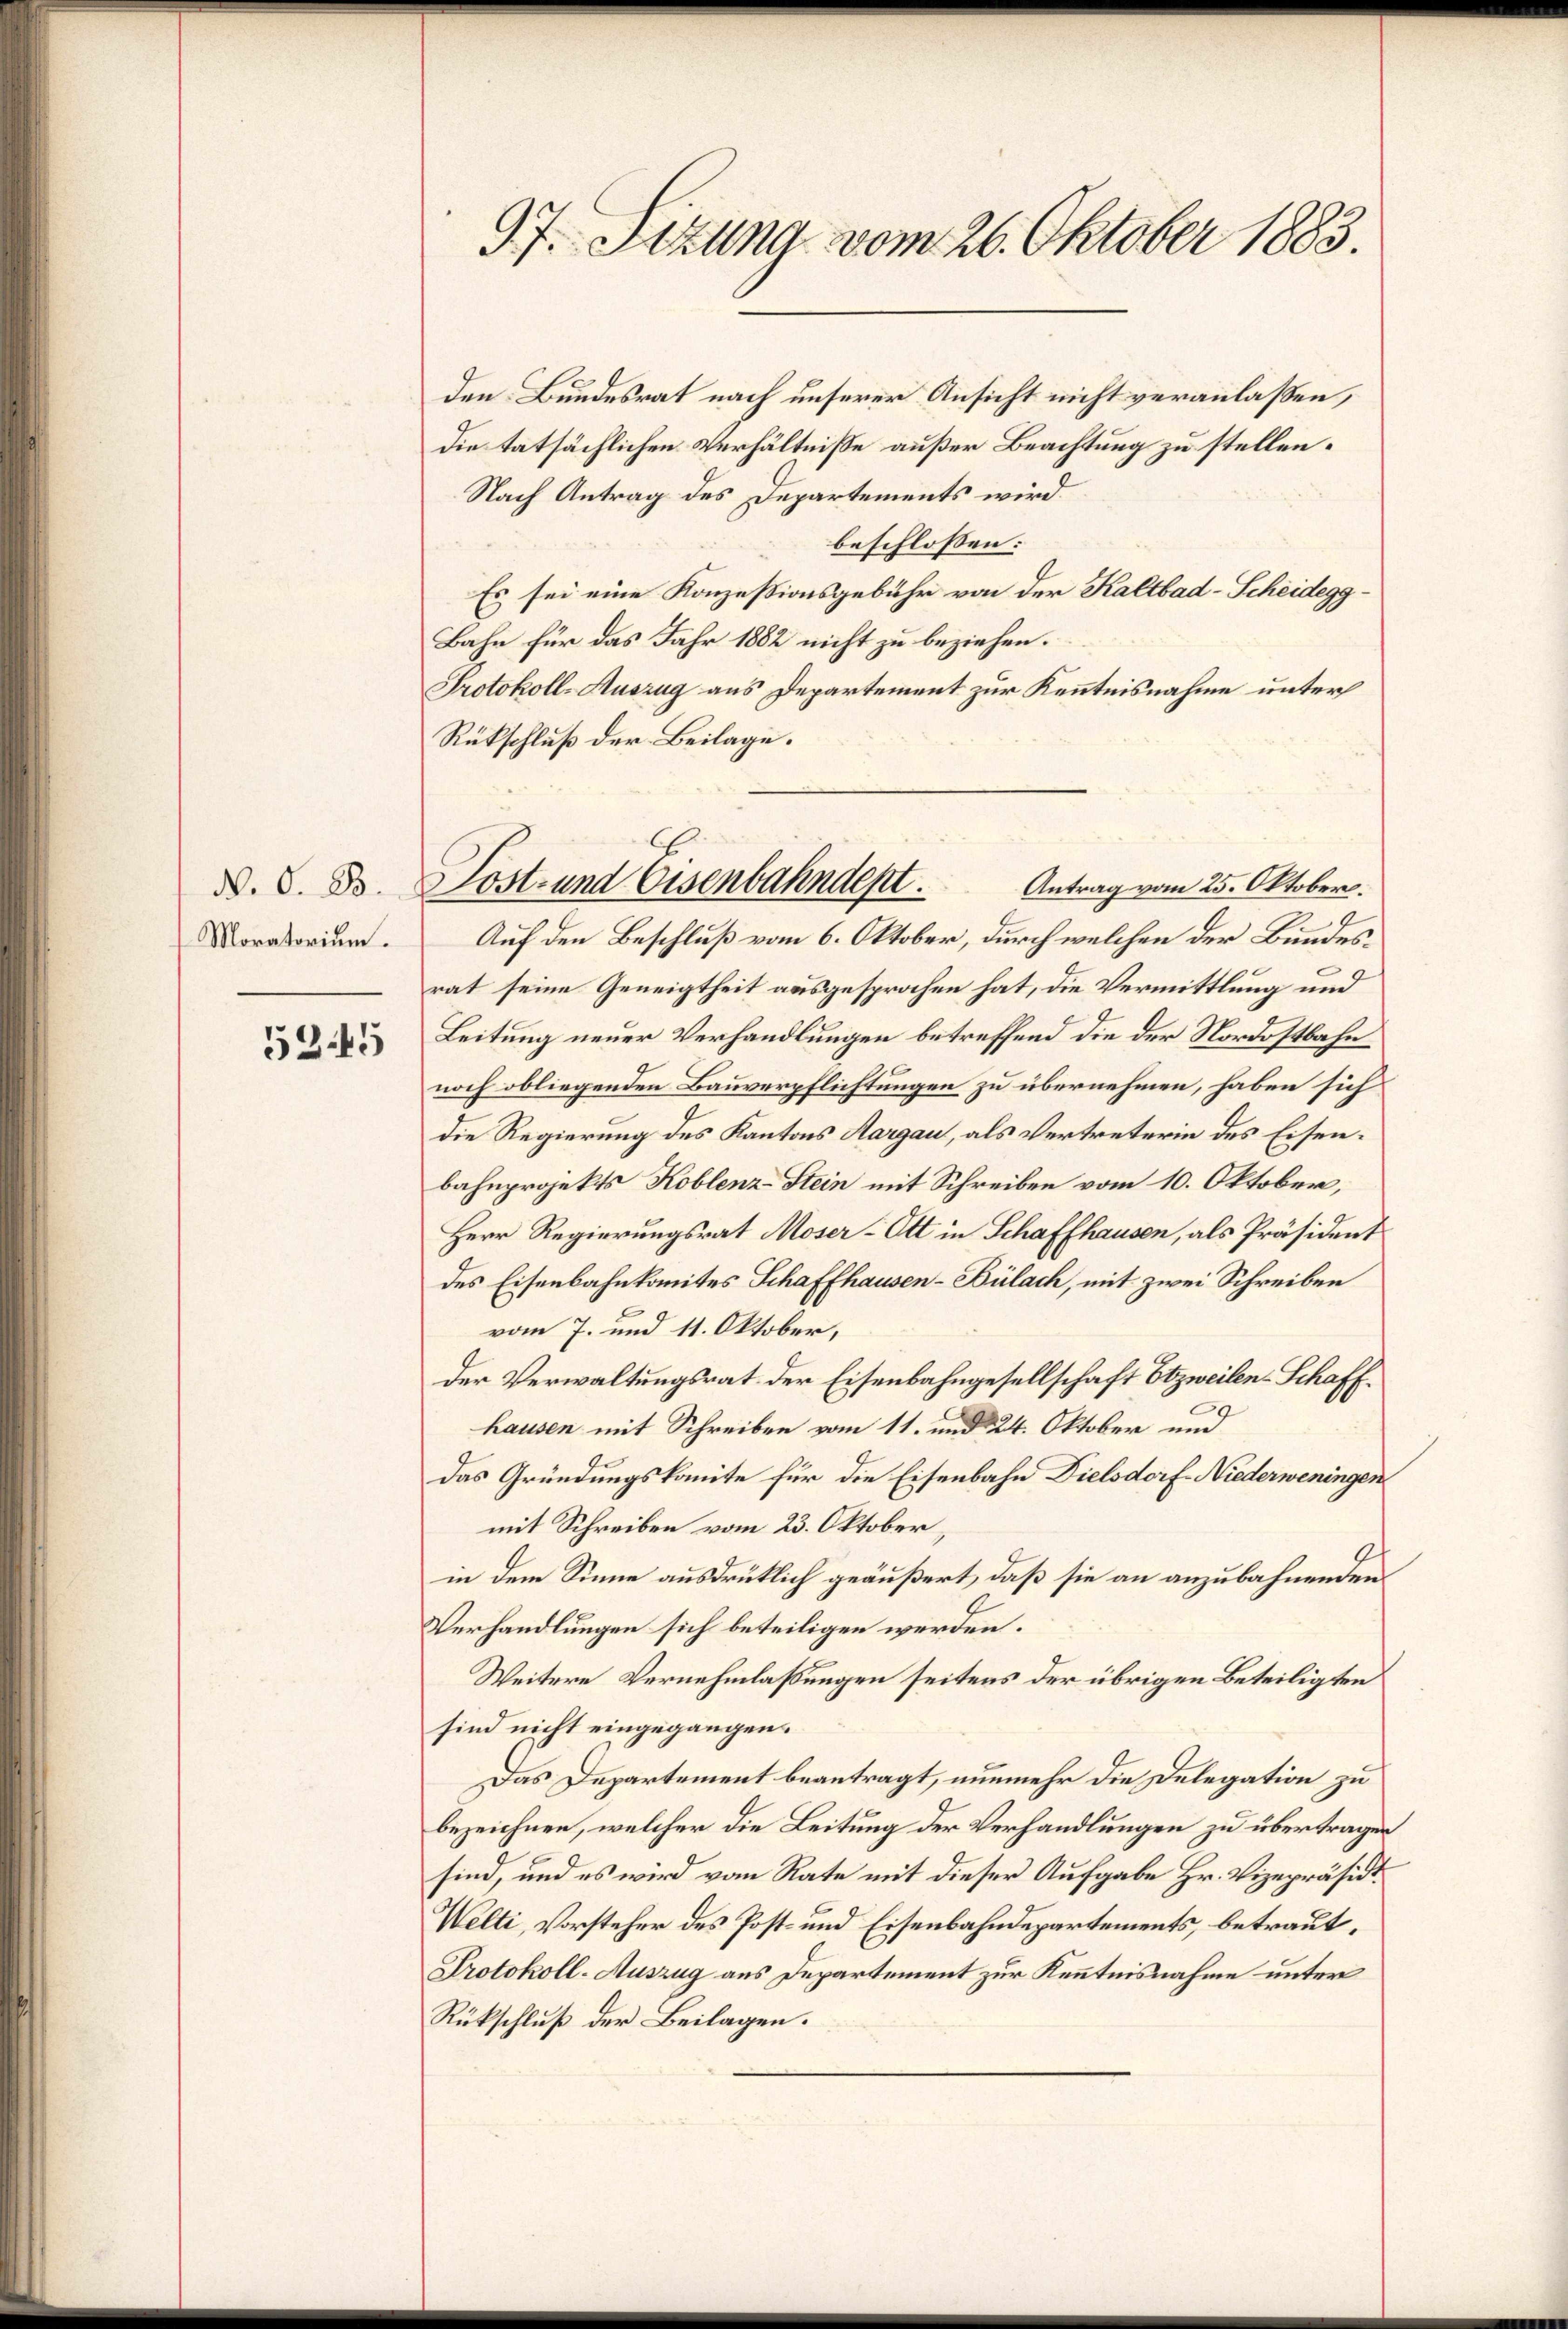
N. O. B.
Moratorium.

52.45

97. Sitzung vom 26. Oktober 1883.

den Bundesrat nach unserer Ansicht nicht veranlaßen,
die tatsächlichen Verhältnisse außer Beachtung zu stellen.
Nach Antrag des Departements wird.
beschlossen:
Es sei eine Konzessionsgebühr von der Kaltbad-Scheidegg
Bahn für das Jahr 1882 nicht zu beziehen.
Protokoll-Auszug aus Departement zur Kenntnisnahme unter
Rückschluß der Beilage.
Antrag vom 25. Oktober.
Auf den Beschluß vom 6. Oktober, durch welchen der Bundesrat seine Geneigtheit ausgesprochen hat, die Vermittlung und
Leitung neuer Verhandlungen betreffend die der Nordostbahn
noch obliegenden Bauverpflichtungen zu übernehmen, haben sich
die Regierung des Kantons Aargau, als Vertreterin des Eisenbahnprojekts Koblenz-Stein mit Schreiben vom 10. Oktober,
Herr Regierungsrat Moser-Ott in Schaffhausen, als Präsident
des Eisenbahnkomites Schaffhausen-Bülach, mit zwei Schreiben
vom 7. und 11. Oktober,
der Verwaltungsrat der Eisenbahngesellschaft Etzweilen-Schaffhausen mit Schreiben vom 11. und 24. Oktober und
Das Gründungskomite für die Eisenbahn Dielsdorf. Niederweningen
mit Schreiben vom 23. Oktober,
in dem Sinne ausdrüklich geäußert, daß sie an anzubahnenden
Verhandlungen sich beteiligen werden.
Weitere Vernehmlassungen seitens der übrigen Beteiligten
sind nicht eingegangen.
Das Departement beantragt, nunmehr die Delegation zu
bezeichnen, welcher die Leitung der Verhandlungen zu übertragen
sind, und es wird vom Rate mit dieser Aufgabe Hr. Vizepräsidi¬
Welti, Vorsteher des Post- und Eisenbahndepartements, betraut,
Protokoll-Auszug aus Departement zur Kenntnisnahme unter
Rückschluß der Beilagen.

Sost- und Eisenbahndept.